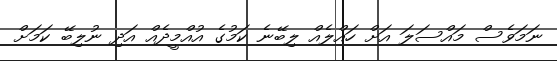
ނަމަވެސް މައްސަލަ އަށް ހައްލެއް ލިބޭނެ ކަމުގެ އުއްމީދެއް އަދި ނުލިބޭ ކަމަށް